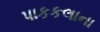
પાકકલાના